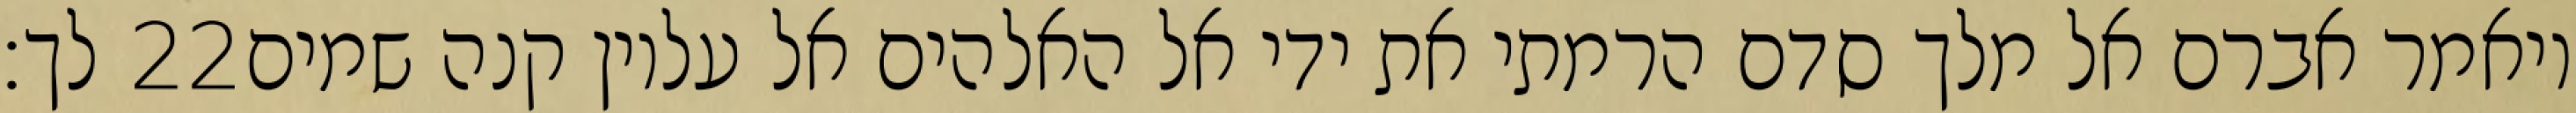
לך׃ ‎22‏ ויאמר אברם אל מלך סדם הרמתי את ידי אל האלהים אל עליון קנה שמים